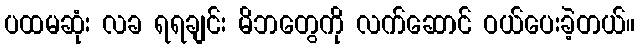
ပထမဆုံး လခ ရရချင်း မိဘတွေကို လက်ဆောင် ဝယ်ပေးခဲ့တယ်။